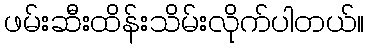
ဖမ်းဆီးထိန်းသိမ်းလိုက်ပါတယ်။